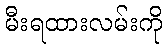
မီးရထားလမ်းကို